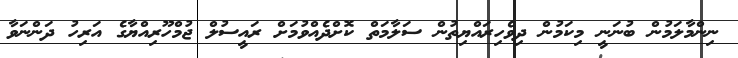
ނިންމާލަމުން ބުނަނީ މިކަމުން ދިވެހިރައްޔިތުން ސަލާމަތް ކޮށްދެއްވުމަށް ރައީސުލް ޖުމްހޫރިއްޔާގެ އަރިހު ދަންނަވާ